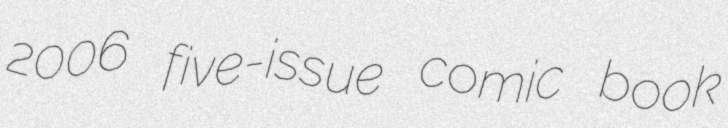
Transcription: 2006 five-issue comic book